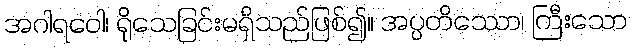
အဂါရဝေါ၊ ရိုသေခြင်းမရှိသည်ဖြစ်၍။ အပ္ပတိဿော၊ ကြီးသော